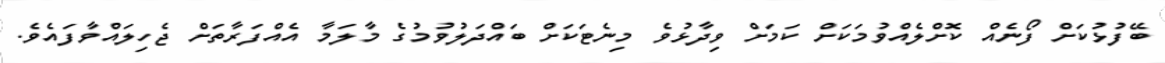
ބޭފުޅުކަށް ފޯނެއް ކޮށްލެއްވުމަކަށް ކަމަށް ވިދާޅުވެ މިނެެޓަކަށް ބައްދަލުވުމުގެ މާލަމާ އެއްފަަރާތަށް ޖެހިލައްވާފައެވެ.